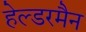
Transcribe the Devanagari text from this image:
हेल्डरमैन